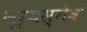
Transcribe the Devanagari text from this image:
सूर्यस्येव